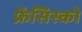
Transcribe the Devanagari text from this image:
फ्रेंसिस्‍को